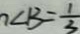
\angle B = \frac { 1 } { 3 }